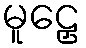
မူဠှေ